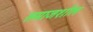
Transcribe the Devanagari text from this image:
समाजशील